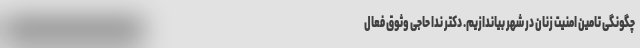
چگونگی تامین امنیت زنان در شهر بیاندازیم. دکتر ندا حاجی وثوق فعال